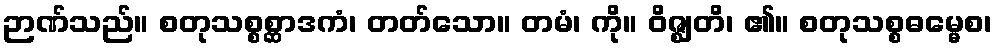
ဉာဏ်သည်။ စတုသစ္စစ္ဆာဒကံ၊ တတ်သော။ တမံ၊ ကို။ ဝိဇ္ဈတိ၊ ၏။ စတုသစ္စဓမ္မေစ၊